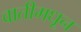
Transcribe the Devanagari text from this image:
वातीमधून